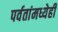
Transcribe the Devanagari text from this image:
पर्वतांमध्येही